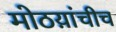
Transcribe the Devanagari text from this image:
मोठय़ांचीच